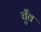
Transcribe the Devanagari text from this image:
चुँव